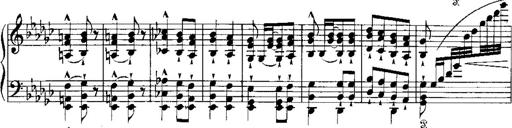
Title: RÃ©miniscences de Norma de Bellini
Composer: Franz Liszt